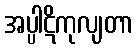
အပ္ပါဋိကုလျတာ